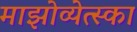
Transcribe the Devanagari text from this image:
माझोव्येत्स्का